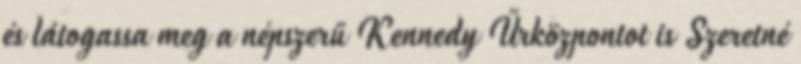
és látogassa meg a népszerű Kennedy Űrközpontot is Szeretné